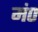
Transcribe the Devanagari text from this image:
मं०